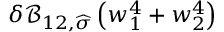
\delta \mathcal { B } _ { 1 2 , \widehat { \boldsymbol { \sigma } } } \left( w _ { 1 } ^ { 4 } + w _ { 2 } ^ { 4 } \right)